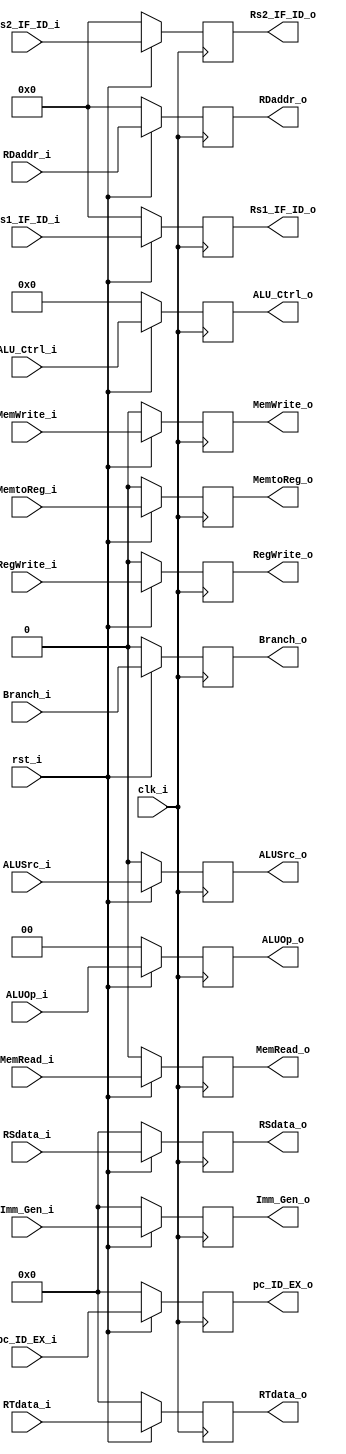
/***************************************************
Student Name: 
Student ID: 
***************************************************/

`timescale 1ns/1ps

module ID_EX_reg(
	input          clk_i,
    	input          rst_i,
	

	input          ALUSrc_i,
	input          MemtoReg_i,
	input          RegWrite_i,
	input          MemRead_i,
	input          MemWrite_i,
	input          Branch_i,
	input [1:0]    ALUOp_i,
	

	input  		[32-1:0] pc_ID_EX_i,
        input  		[32-1:0] RSdata_i,
        input  		[32-1:0] RTdata_i,
        input 		[32-1:0] Imm_Gen_i,
	input		[4-1:0]  ALU_Ctrl_i,
	input  		[5-1:0]  RDaddr_i,
	input		[5-1:0]  Rs1_IF_ID_i,
	input		[5-1:0]  Rs2_IF_ID_i,


	output reg          ALUSrc_o,
	output reg          MemtoReg_o,
	output reg          RegWrite_o,
	output reg          MemRead_o,
	output reg          MemWrite_o,
	output reg          Branch_o,
	output reg [1:0]    ALUOp_o,
	

	output reg [32-1:0] pc_ID_EX_o,
	output reg [32-1:0] RSdata_o,
        output reg [32-1:0] RTdata_o,
	output reg [32-1:0] Imm_Gen_o,
	output reg [4-1:0]  ALU_Ctrl_o,
	output reg [5-1:0]  RDaddr_o,
	output reg [5-1:0]  Rs1_IF_ID_o,
	output reg [5-1:0]  Rs2_IF_ID_o
);

always@(posedge clk_i) begin
	if(~rst_i) 
		begin
			/* WB */
			MemtoReg_o <= 1'd0;
	        	RegWrite_o <= 1'd0;
	        	/* M No jump */
			MemRead_o  <= 1'd0;
	        	MemWrite_o <= 1'd0;
	        	Branch_o   <= 1'd0;
	   		/* EX */
			ALUOp_o    <= 1'd0;
			ALUSrc_o   <= 2'd0;
			/* Data */
			pc_ID_EX_o <= 32'd0;
			RSdata_o   <= 32'd0;
			RTdata_o   <= 32'd0;
			Imm_Gen_o  <= 32'd0;
			ALU_Ctrl_o <= 4'd0;
			RDaddr_o   <= 5'd0;
			Rs1_IF_ID_o <= 5'd0;
			Rs2_IF_ID_o <= 5'd0;
		end
    	else 
		begin
			/* WB */
			MemtoReg_o <= MemtoReg_i;
	        	RegWrite_o <= RegWrite_i;
	        	/* M No jump */
			MemRead_o  <= MemRead_i;
	        	MemWrite_o <= MemWrite_i;
	        	Branch_o   <= Branch_i;
	   		/* EX */
			ALUOp_o    <= ALUOp_i;
			ALUSrc_o   <= ALUSrc_i;
			/* Data */
			pc_ID_EX_o <= pc_ID_EX_i;
			RSdata_o   <= RSdata_i;
			RTdata_o   <= RTdata_i;
			Imm_Gen_o  <= Imm_Gen_i;
			ALU_Ctrl_o <= ALU_Ctrl_i;
			RDaddr_o   <= RDaddr_i;
			Rs1_IF_ID_o <= Rs1_IF_ID_i;
			Rs2_IF_ID_o <= Rs2_IF_ID_i;
		end
end

endmodule